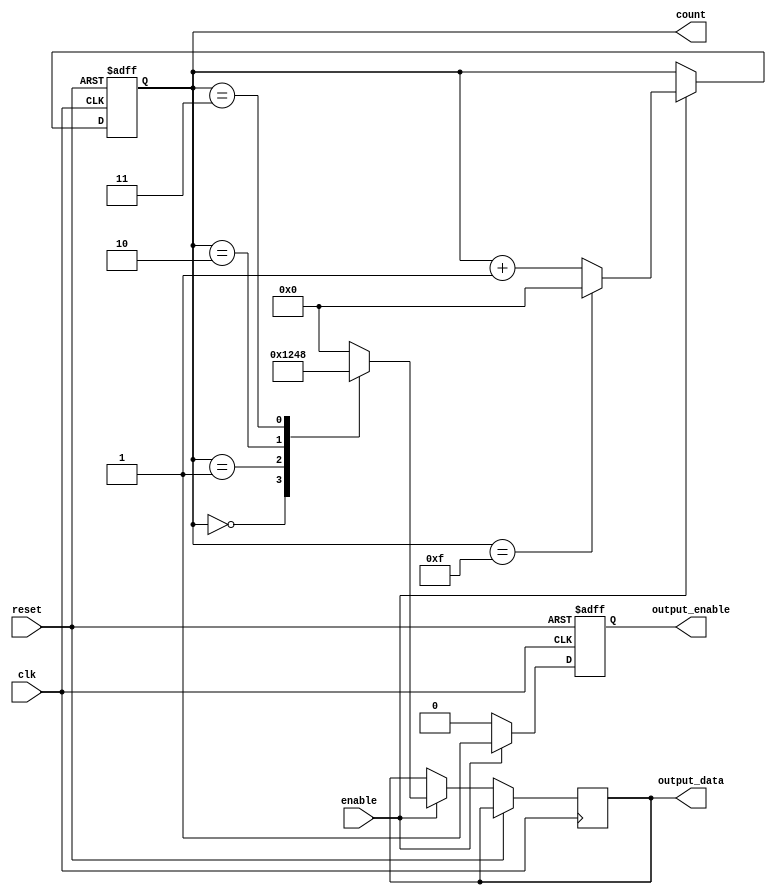
module SynchronousCounter (
    input wire clk,            // Clock input
    input wire enable,         // Enable input
    input wire reset,          // Asynchronous reset input
    output reg [3:0] count,    // 4-bit counter output
    output reg output_enable,   // Output enable signal
    output reg [3:0] output_data // Conditional output based on count
);

    // Initial state of the counter
    initial begin
        count = 4'b0000;       // Initialize counter to 0
        output_enable = 1'b0;  // Initialize output enable to low
        output_data = 4'b0000; // Initialize output data to 0
    end

    // Synchronous counter operation
    always @(posedge clk or posedge reset) begin
        if (reset) begin
            count <= 4'b0000;   // Reset counter to 0
            output_enable <= 1'b0; // Disable output on reset
        end else if (enable) begin
            // Increment counter and wrap around
            if (count == 4'b1111) 
                count <= 4'b0000; // Wrap around to 0
            else 
                count <= count + 1; // Increment counter
            
            // Control the output logic based on count value
            output_enable <= 1'b1; // Enable output when counting
            // Conditional output logic example:
            case (count)
                4'b0000: output_data <= 4'b0001; // Example output for count 0
                4'b0001: output_data <= 4'b0010; // Example output for count 1
                4'b0010: output_data <= 4'b0100; // Example output for count 2
                4'b0011: output_data <= 4'b1000; // Example output for count 3
                // Add more cases as necessary for other counts
                default: output_data <= 4'b0000; // Default case
            endcase
        end else begin
            output_enable <= 1'b0; // Disable output when not enabled
        end
    end

endmodule